Civil Veterinary Dept. Assam report 1927-50 - 1927-1950
Year: 1927
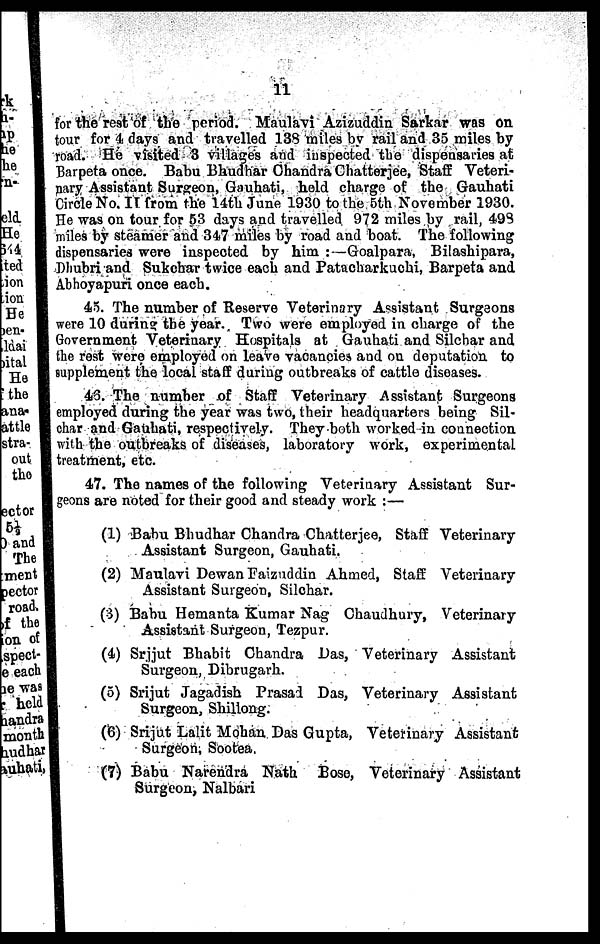
11
for the rest of the period. Maulavi Azizuddin Sarkar was on
tour for 4 days and travelled 138 miles by rail and 35 miles by
road. He visited 3 villages and inspected the dispensaries at
Barpeta once. Babu Bhudhar Chandra Chatterjee, Staff Veteri-
nary Assistant Surgeon, Gauhati, held charge of the Gauhati
Circle No. II from the 14th June 1930 to the 5th November 1930.
He was on tour for 53 days and travelled 972 miles by rail, 498
miles by steamer and 347 miles by road and boat. The following
dispensaries were inspected by him :—Goalpara, Bilashipara,
Dhubri and Sukchar twice each and Patacharkuchi, Barpeta and
Abhoyapuri once each.
45. The number of Reserve Veterinary Assistant Surgeons
were 10 during the year. Two were employed in charge of the
Government Veterinary Hospitals at Gauhati and Silchar and
the rest were employed on leave vacancies and on deputation to
supplement the local staff during outbreaks of cattle diseases.
43. The number of Staff Veterinary Assistant Surgeons
employed during the year was two, their headquarters being Sil-
char and Gauhati, respectively. They both worked in connection
with the outbreaks of diseases, laboratory work, experimental
treatment, etc.
47. The names of the following Veterinary Assistant Sur-
geons are noted for their good and steady work :—
(1) Babu Bhudhar Chandra Chatterjee, Staff Veterinary
Assistant Surgeon, Gauhati.
(2) Maulavi Dewan Faizuddin Ahmed, Staff Veterinary
Assistant Surgeon, Silchar.
(3) Babu Hemanta Kumar Nag Chaudhury, Veterinary
Assistant Surgeon, Tezpur.
(4) Srjjut Bhabit Chandra Das, Veterinary Assistant
Surgeon, Dibrugarh.
(5) Srijut Jagadish Prasad Das, Veterinary Assistant
Surgeon, Shillong.
(6) Srijut Lalit Mohan Das Gupta, Veterinary Assistant
Surgeon, Sootea.
(7) Babu Narendra Nath Bose, Veterinary Assistant
Surgeon, Nalbari